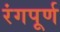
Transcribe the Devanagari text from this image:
रंगपूर्ण